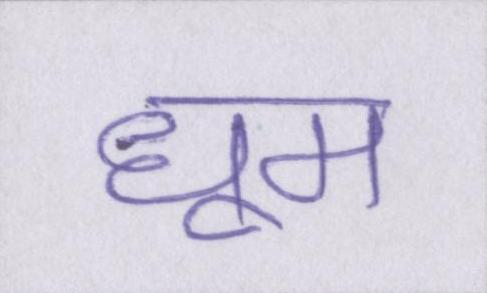
धूम